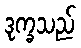
ဒုက္ခသည်